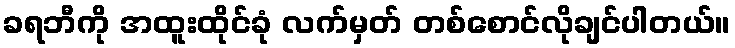
ခရဘီကို အထူးထိုင်ခုံ လက်မှတ် တစ်စောင်လိုချင်ပါတယ်။